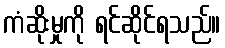
ကံဆိုးမှုကို ရင်ဆိုင်ရသည်။